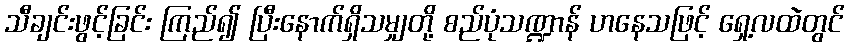
သီချင်းဖွင့်ခြင်း ကြည်၍ ပြီးနောက်ရှိသမျှတို့ စည်ပုံသဏ္ဍာန် ဟနေသဖြင့် ရှေ့လထဲတွင်